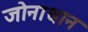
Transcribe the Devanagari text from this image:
जोनाथान